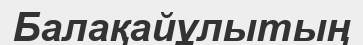
Балақайұлытың